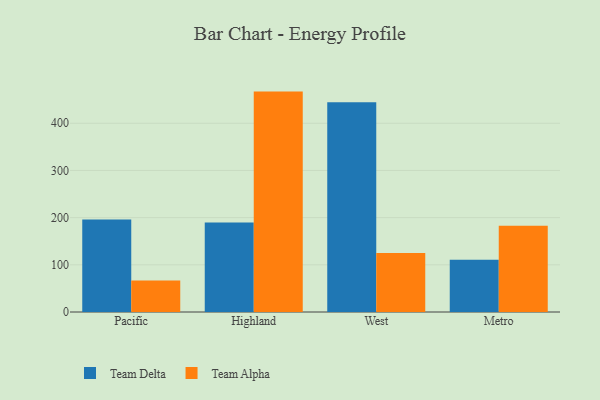
{"axis": {"x": "Region", "y": "Energy Usage (MWh)"}, "legend": ["Team Alpha", "Team Delta"], "data": [{"x": "Pacific", "y": 196.2, "type": "Team Delta"}, {"x": "Pacific", "y": 67.0, "type": "Team Alpha"}, {"x": "Highland", "y": 189.8, "type": "Team Delta"}, {"x": "Highland", "y": 467.1, "type": "Team Alpha"}, {"x": "West", "y": 444.5, "type": "Team Delta"}, {"x": "West", "y": 125.0, "type": "Team Alpha"}, {"x": "Metro", "y": 110.6, "type": "Team Delta"}, {"x": "Metro", "y": 183.0, "type": "Team Alpha"}]}